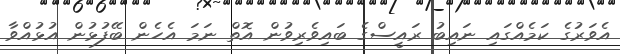
އެވަރުގެ ކަމެއްގައި ނައިބު ރައީސްގެ ބައިވެރިވުން އޮތް ނަމަ އެހެން ބޭފުޅުން އުޅުއްވާ